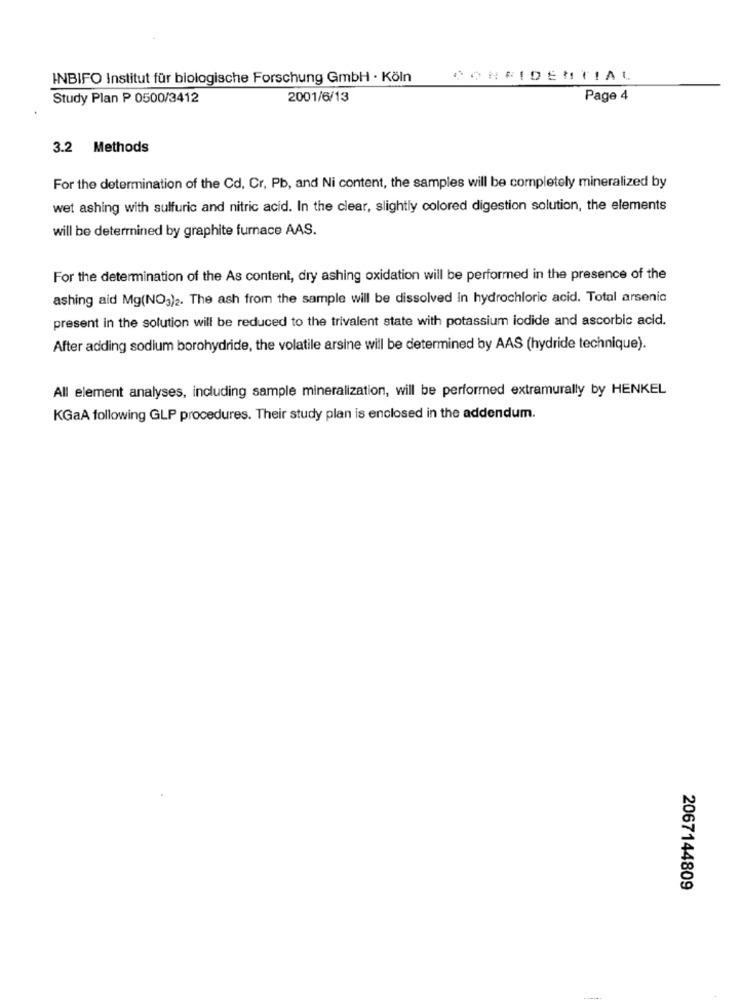
INBIFO Institut für biologische Forschung GmbH · Köln
CONFIDENTIAL
Study Plan P 0500/3412
2001/6/13
Page 4
3.2 Methods
For the determination of the Cd, Cr, Pb, and Ni content, the samples will be completely mineralized by
wet ashing with sulfuric and nitric acid. In the clear, slightly colored digestion solution, the elements
will be determined by graphite furnace AAS.
For the determination of the As content, dry ashing oxidation will be performed in the presence of the
ashing aid Mg(NO3)2. The ash from the sample will be dissolved In hydrochloric acid. Total arsenic
present in the solution will be reduced to the trivalent state with potassium iodide and ascorbic acid.
After adding sodium borohydride, the volatile arsine will be determined by AAS (hydride technique).
All element analyses, including sample mineralization, will be performed extramurally by HENKEL
KGaA following GLP procedures. Their study plan is enclosed in the addendum.
2067144809